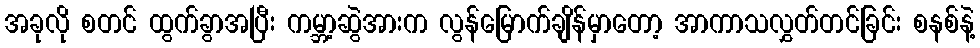
အခုလို စတင် ထွက်ခွာအပြီး ကမ္ဘာ့ဆွဲအားက လွန်မြောက်ချိန်မှာတော့ အာကာသလွှတ်တင်ခြင်း စနစ်နဲ့